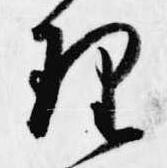
理